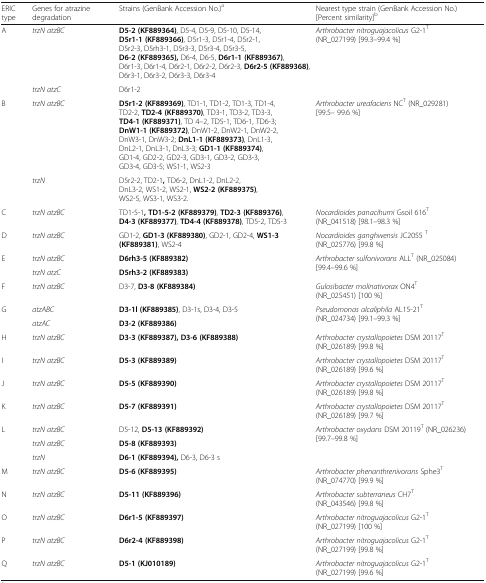
<table><thead><tr><td><b>ERIC type</b></td><td><b>Genes for atrazine degradation</b></td><td><b>Strains (GenBank Accession No.)<sup>a</sup></b></td><td><b>Nearest type strain (GenBank Accession No.) [Percent similarity]<sup>b</sup></b></td></tr></thead><tbody><tr><td rowspan="2">A</td><td><i>trzN atzBC</i></td><td><b>D5-2 (KF889364)</b>, D5-4, D5-9, D5-10, D5-14, <b>D5r1-1 (KF889366)</b>, D5r1-3, D5r1-4, D5r2-1, D5r2-3, D5rh3-1, D5r3-3, D5r3-4, D5r3-5, <b>D6-2 (KF889365),</b> D6-4, D6-5, <b>D6r1-1 (KF889367)</b>, D6r1-3, D6r1-4, D6r2-1, D6r2-2, D6r2-3, <b>D6r2-5 (KF889368)</b>, D6r3-1, D6r3-2, D6r3-3, D6r3-4</td><td rowspan="2"><i>Arthrobacter nitroguajacolicus</i> G2-1<sup>T</sup> (NR_027199) [99.3–99.4 %]</td></tr><tr><td><i>trzN atzC</i></td><td>D6r1-2</td></tr><tr><td rowspan="2">B</td><td><i>trzN atzBC</i></td><td><b>D5r1-2 (KF889369)</b>, TD1-1, TD1-2, TD1-3, TD1-4, TD2-2, <b>TD2-4 (KF889370)</b>, TD3-1, TD3-2, TD3-3, <b>TD4-1 (KF889371)</b>, TD 4–2, TD5-1, TD6-1, TD6-3; <b>DnW1-1 (KF889372)</b>, DnW1-2, DnW2-1, DnW2-2, DnW3-1, DnW3-2; <b>DnL1-1 (KF889373)</b>, DnL1-3, DnL2-1, DnL3-1, DnL3-3; <b>GD1-1 (KF889374)</b>, GD1-4, GD2-2, GD2-3, GD3-1, GD3-2, GD3-3, GD3-4, GD3-5; WS1-1, WS2-3</td><td rowspan="2"><i>Arthrobacter ureafaciens</i> NC<sup>T</sup> (NR_029281) [99.5– 99.6 %]</td></tr><tr><td><i>trzN</i></td><td>D5r2-2, TD2-1<b>,</b> TD6-2, DnL1-2, DnL2-2, DnL3-2, WS1-2, WS2-1, <b>WS2-2 (KF889375)</b>, WS2-5, WS3-1, WS3-2.</td></tr><tr><td>C</td><td><i>trzN atzBC</i></td><td>TD1-5-1<b>, TD1-5-2 (KF889379)</b>, <b>TD2-3 (KF889376)</b>, <b>D4-3 (KF889377)</b>, <b>TD4-4 (KF889378)</b>, TD5-2, TD5-3</td><td><i>Nocardioides panacihumi</i> Gsoil 616<sup>T</sup> (NR_041518) [98.1–98.3 %]</td></tr><tr><td>D</td><td><i>trzN atzBC</i></td><td>GD1-2, <b>GD1-3 (KF889380)</b>, GD2-1, GD2-4, <b>WS1-3 (KF889381)</b>, WS2-4</td><td><i>Nocardioides ganghwensis</i> JC2055 <sup>T</sup> (NR_025776) [99.8 %]</td></tr><tr><td rowspan="2">E</td><td><i>trzN atzBC</i></td><td><b>D6rh3-5 (KF889382)</b></td><td rowspan="2"><i>Arthrobacter sulfonivorans</i> ALL<sup>T</sup> (NR_025084) [99.4–99.6 %]</td></tr><tr><td><i>trzN atzC</i></td><td><b>D5rh3-2 (KF889383)</b></td></tr><tr><td>F</td><td><i>trzN atzBC</i></td><td>D3-7, <b>D3-8 (KF889384)</b></td><td><i>Gulosibacter molinativorax</i> ON4<sup>T</sup> (NR_025451) [100 %]</td></tr><tr><td rowspan="2">G</td><td><i>atzABC</i></td><td><b>D3-1l (KF889385)</b>, D3-1s, D3-4, D3-5</td><td rowspan="2"><i>Pseudomonas alcaliphila</i> AL15-21<sup>T</sup> (NR_024734) [99.1–99.3 %]</td></tr><tr><td><i>atzAC</i></td><td><b>D3-2 (KF889386)</b></td></tr><tr><td>H</td><td><i>trzN atzBC</i></td><td><b>D3-3 (KF889387), D3-6 (KF889388)</b></td><td><i>Arthrobacter crystallopoietes</i> DSM 20117<sup>T</sup> (NR_026189) [99.8 %]</td></tr><tr><td>I</td><td><i>trzN atzBC</i></td><td><b>D5-3 (KF889389)</b></td><td><i>Arthrobacter crystallopoietes</i> DSM 20117<sup>T</sup> (NR_026189) [99.6 %]</td></tr><tr><td>J</td><td><i>trzN atzBC</i></td><td><b>D5-5 (KF889390)</b></td><td><i>Arthrobacter crystallopoietes</i> DSM 20117<sup>T</sup> (NR_026189) [99.8 %]</td></tr><tr><td>K</td><td><i>trzN atzBC</i></td><td><b>D5-7 (KF889391)</b></td><td><i>Arthrobacter crystallopoietes</i> DSM 20117<sup>T</sup> (NR_026189) [99.7 %]</td></tr><tr><td rowspan="3">L</td><td><i>trzN atzBC</i></td><td>D5-12, <b>D5-13 (KF889392)</b></td><td rowspan="3"><i>Arthrobacter oxydans</i> DSM 20119<sup>T</sup> (NR_026236) [99.7–99.8 %]</td></tr><tr><td><i>trzN atzBC</i></td><td><b>D5-8 (KF889393)</b></td></tr><tr><td><i>trzN</i></td><td><b>D6-1 (KF889394),</b> D6-3, D6-3 s</td></tr><tr><td>M</td><td><i>trzN atzBC</i></td><td><b>D5-6 (KF889395)</b></td><td><i>Arthrobacter phenanthrenivorans</i> Sphe3<sup>T</sup> (NR_074770) [99.9 %]</td></tr><tr><td>N</td><td><i>trzN atzBC</i></td><td><b>D5-11 (KF889396)</b></td><td><i>Arthrobacter subterraneus</i> CH7<sup>T</sup> (NR_043546) [99.8 %]</td></tr><tr><td>O</td><td><i>trzN atzBC</i></td><td><b>D6r1-5 (KF889397)</b></td><td><i>Arthrobacter nitroguajacolicus</i> G2-1<sup>T</sup> (NR_027199) [100 %]</td></tr><tr><td>P</td><td><i>trzN atzBC</i></td><td><b>D6r2-4 (KF889398)</b></td><td><i>Arthrobacter nitroguajacolicus</i> G2-1<sup>T</sup> (NR_027199) [99.8 %]</td></tr><tr><td>Q</td><td><i>trzN atzBC</i></td><td><b>D5-1 (KJ010189)</b></td><td><i>Arthrobacter nitroguajacolicus</i> G2-1<sup>T</sup> (NR_027199) [99.6 %]</td></tr></tbody></table>